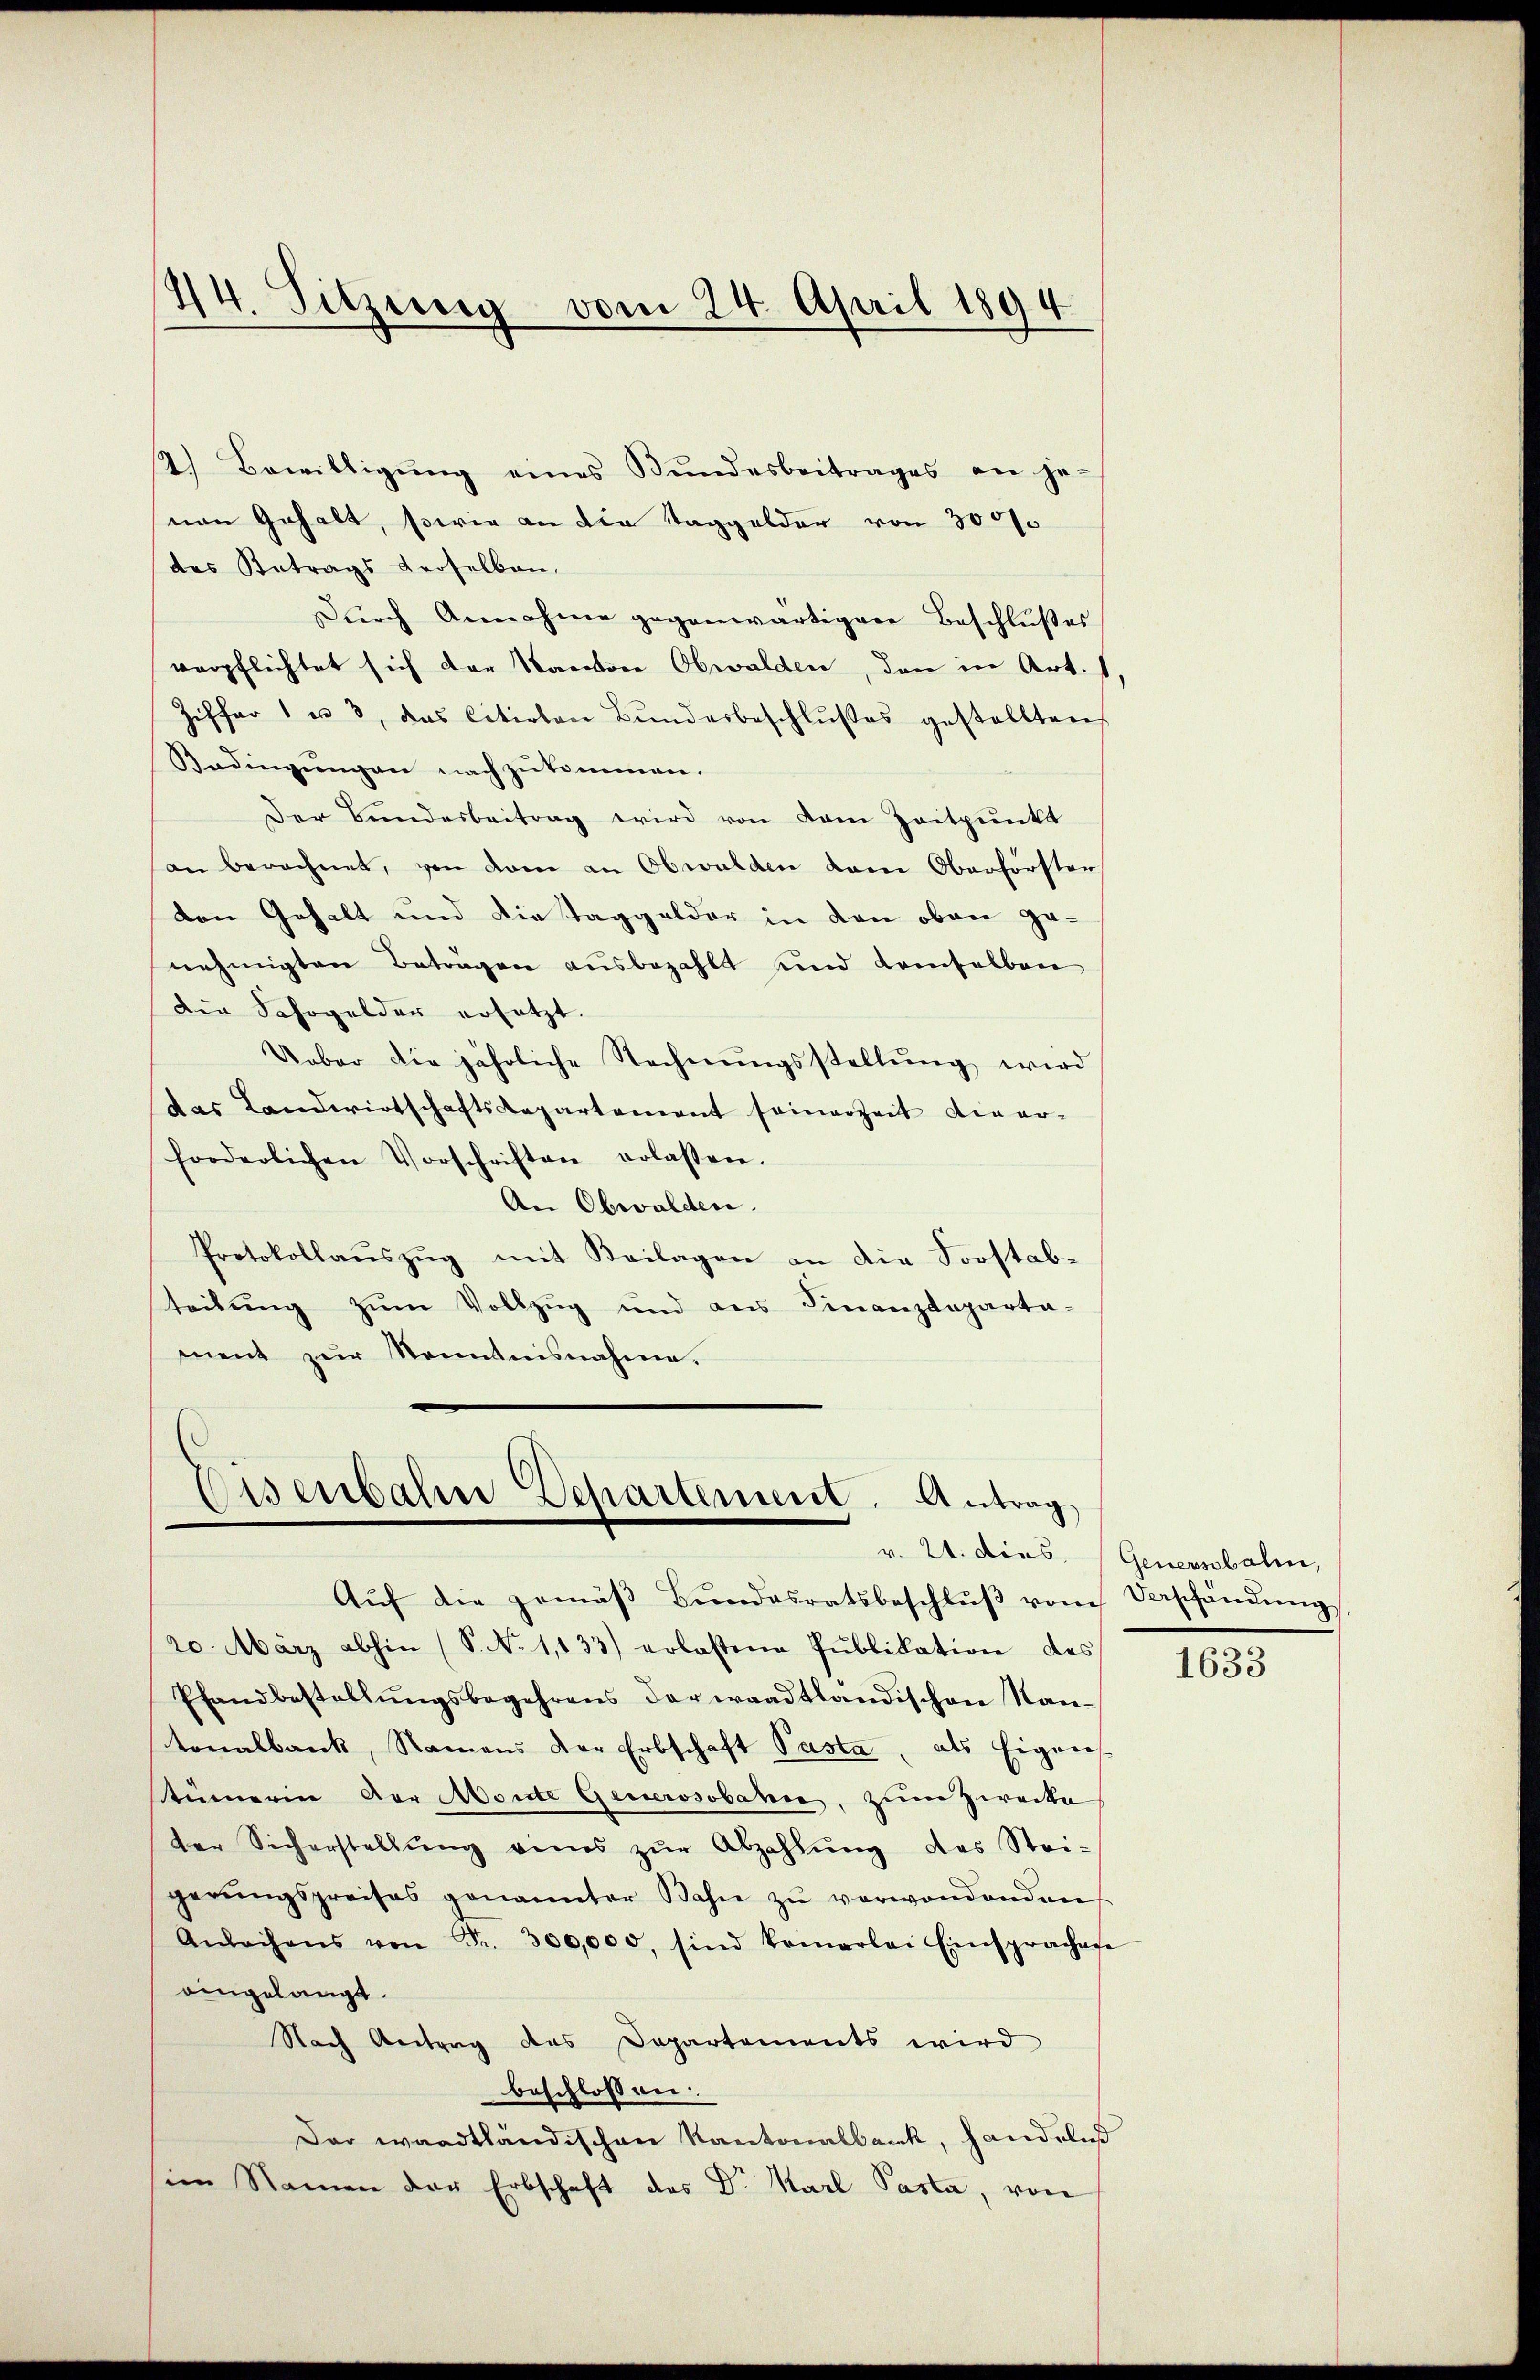
44. Sitzung vom 24. April 1894

2.) Bewilligŭng eines Bŭndesbeitrages an je-
nen Gehalt, sowie an die Taggelder von 30000
des Betrags derselben,
Durch Annahme gegenwärtiger Beschlußes
verpflichtet sich der Kantone Obwalden, den in Art.
Ziffer 1 u. 3, das Citirten Bŭndesbeschlŭβes gestellten
Bedingŭngen nach zukommen.
Der Bundesbeitrag wird von dem Zeitpunkt
an berechnet, von dem an Obwalden dem Oberförster
den Gehalt und die Taggelder in den oben genehmigten Beträgen ausbezahlt und demselben
Die Fahrgelder ersetzt.
Ueber die jährliche Rechnŭngsstellŭng wird
das Landwirtschaftsdepartement seinerzeit dieer-
forderlichen Vorschriften erlassen.
An Obwalden.
Protokollaŭszŭg mit Beilagen an die Forstab-
teilung zum Vollzug und ans Finanzdeparta-
ment zŭr Kenntnisnahme.

Eisenbahre Departement. Antrag
v. 21. dies,

Aŭf die gemäβ Bŭndesratsbeschlŭβ vom Verschändŭng,
20. März abhin (S. Nr. 1,133) erlassene Pŭblikation des
Pfandbestellungsbegehrens der waadtländischen Nantonalbank, Namens der Erbschaft Pasta, als Eigen
tümerin der Monte Generosobahn, zum Zwecke
der Sicherstellŭng eines zŭr Abzahlŭng des Stei-
gerŭngspreises genannter Bahn zŭ verwendenden
Anleihens von Fr. 300,000, sind keinerlei Einsprachte
eingelangt.
Nach Antrag des Departements wird
beschlossen:
Dar waadtländischen Kantonalbank, handelnd
sien Namen der Erbschaft des Dr. Karl Pasta, von

Generschalen,

1633